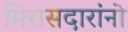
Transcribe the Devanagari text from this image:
मिरासदारांनो